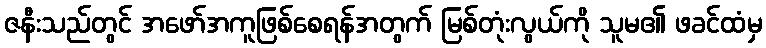
ဇနီးသည်တွင် အဖော်အကူဖြစ်စေရန်အတွက် မြစ်တုံးလွယ်ကို သူမ၏ ဖခင်ထံမှ